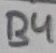
Text: B4